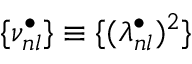
{ \{ \nu _ { n l } ^ { \bullet } \} \equiv \{ ( \lambda _ { n l } ^ { \bullet } ) ^ { 2 } \} }